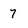
Character: 7